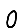
Digit: 0